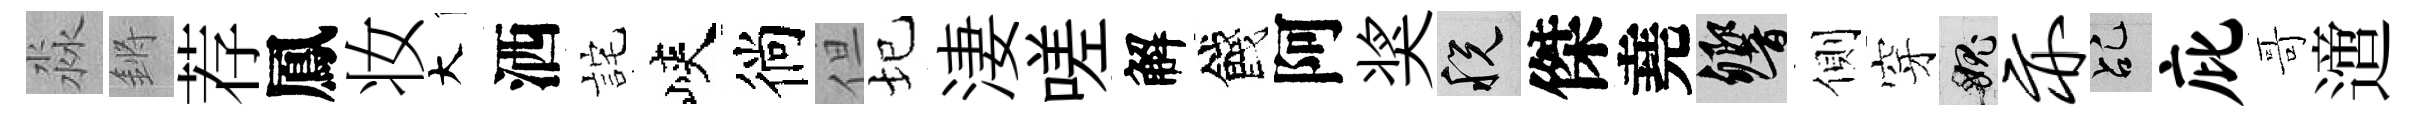
淼鏘荐鳳妆大洒詫峽徜但圮淒嗟解餞阿奖税傑堯響側穿愧亦乩庇哥𨗁